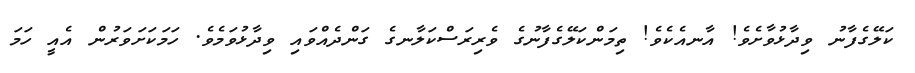
ކަލޭގެފާނު ވިދާޅުވާށެވެ! އާނއެކެވެ! ތިމަންކަލޭގެފާނުގެ ވެރިރަސްކަލާނގެ ގަންދެއްވައި ވިދާޅުވަމެވެ. ހަމަކަށަވަރުން އެއީ ހަމަ